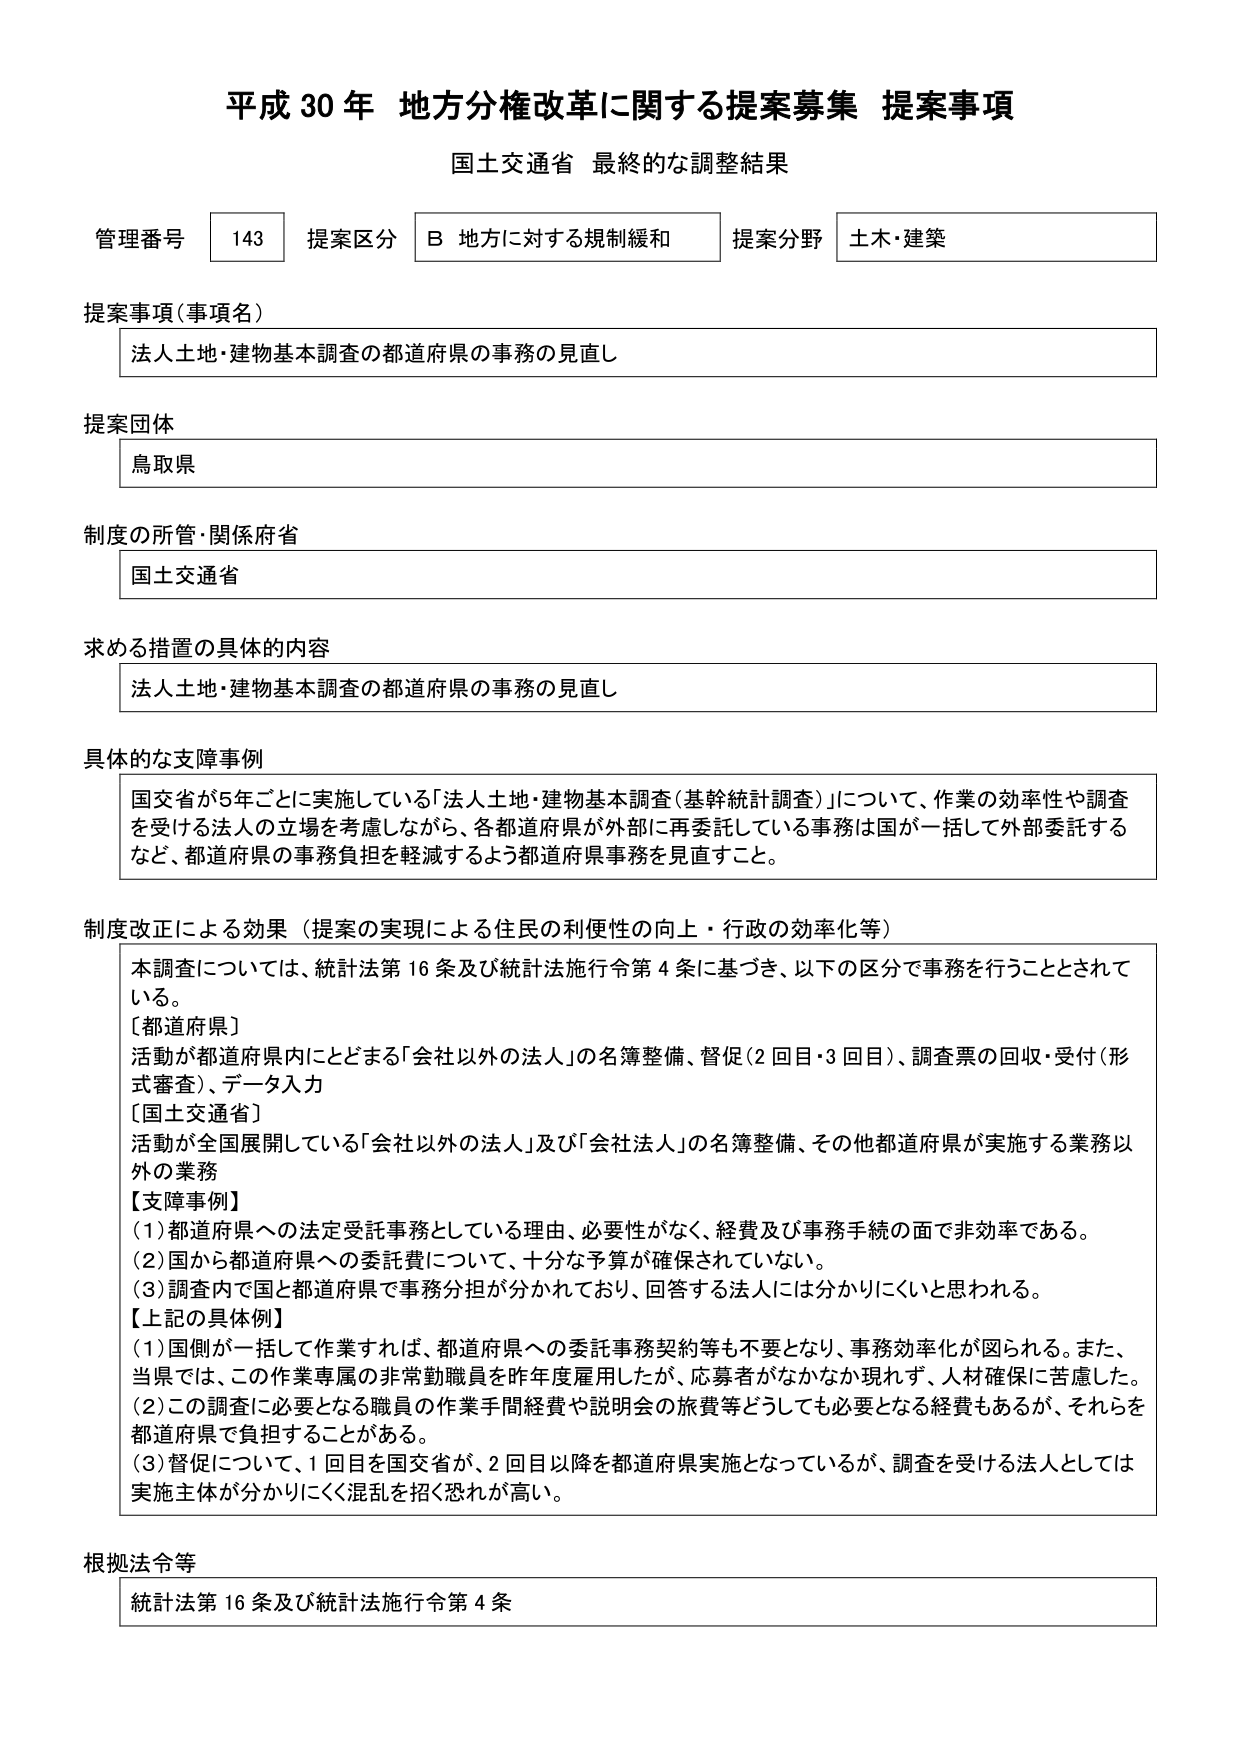
平成30年 地方分権改革に関する提案募集 提案事項
国土交通省 最終的な調整結果

管理番号 143 提案区分 B 地方に対する規制緩和 提案分野 土木・建築

提案事項（事項名）
法人土地・建物基本調査の都道府県の事務の見直し

提案団体
鳥取県

制度の所管・関係府省
国土交通省

求める措置の具体的内容
法人土地・建物基本調査の都道府県の事務の見直し

具体的な支障事例
国交省が5年ごとに実施している「法人土地・建物基本調査（基幹統計調査）」について、作業の効率性や調査を受けた法人の立場を考慮しながら、各都道府県が外部に再委託している事務は国が一括して外部委託するなど、都道府県の事務負担を軽減するよう都道府県事務を見直すこと。

制度改正による効果（提案の実現による住民の利便性の向上・行政の効率化等）
本調査については、統計法第16条及び統計法施行令第4条に基づき、以下の区分で事務を行うこととされている。
［都道府県］
活動が都道府県内にとどまる「会社以外の法人」の名簿整備、督促（2回目・3回目）、調査票の回収・受付（形式審査）、データ入力
［国土交通省］
活動が全国展開している「会社以外の法人」及び「会社法人」の名簿整備、その他都道府県が実施する業務以外の業務
【支障事例】
（1）都道府県への法定受託事務としている理由、必要性がなく、経費及び事務手続の面で非効率である。
（2）国から都道府県への委託費について、十分な予算が確保されていない。
（3）調査内で国と都道府県で事務分担が分かれており、回答する法人には分かりにくいと思われる。
【上記の具体例】
（1）国側が一括して作業すれば、都道府県への委託事務契約等も不要となり、事務効率化が図られる。また、当県では、この作業専属の非常勤職員を昨年度雇用したが、応募者がなかなか現れず、人材確保に苦慮した。
（2）この調査に必要となる職員の作業手間経費や説明会の旅費等どうしても必要となる経費もあるが、それらを都道府県で負担することがある。
（3）督促について、1回目を国交省が、2回目以降を都道府県実施となっているが、調査を受ける法人としては実施主体が分かりにくく混乱を招く恐れが高い。

根拠法令等
統計法第16条及び統計法施行令第4条